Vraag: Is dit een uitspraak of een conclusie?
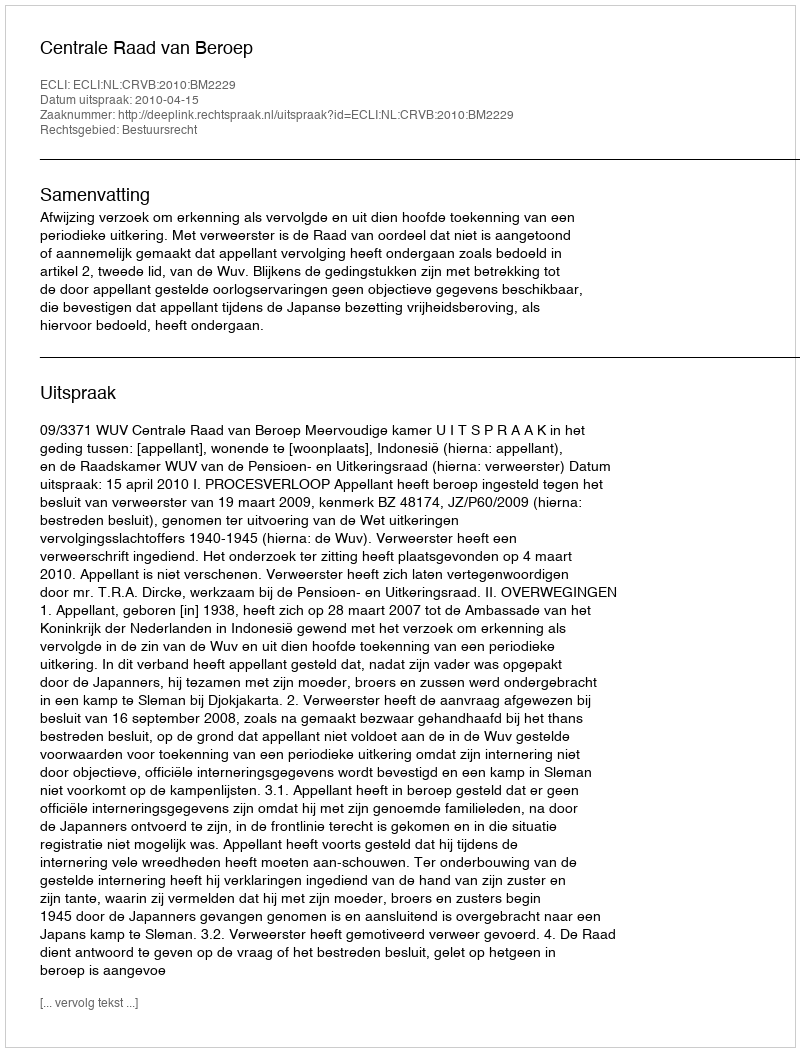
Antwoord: Uitspraak